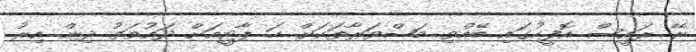
ރޭ ރައީސް އޮފީހުގައި ބޭއްވި މަޝްވަރާތަކަށް ހަ ޕާޓީއަށް ދައުވަތު ދިން އިރު